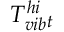
T _ { v i b } ^ { h i } { _ t }